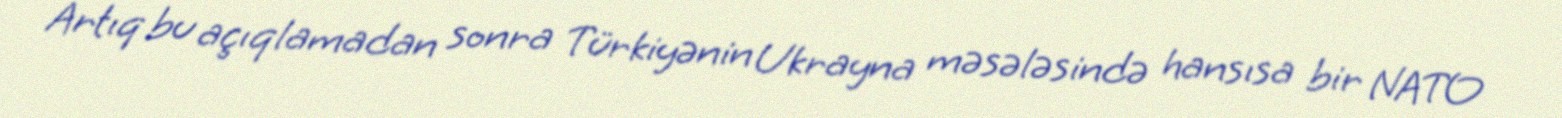
Artıq bu açıqlamadan sonra Türkiyənin Ukrayna məsələsində hansısa bir NATO